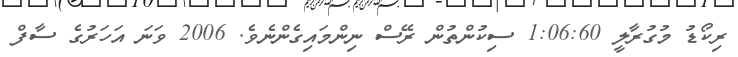
ރިކޯޑު މުގުރާލީ 1:06:60 ސިކުންތުން ރޭސް ނިންމައިގެންނެވެ. 2006 ވަނަ އަހަރުގެ ސާފް